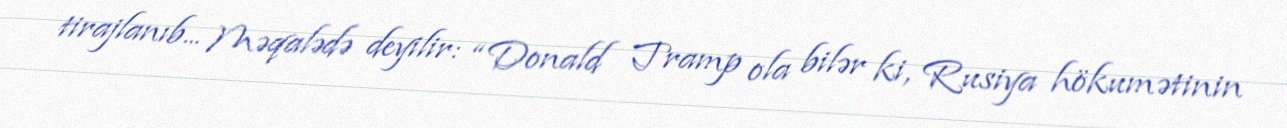
tirajlanıb... Məqalədə deyilir: “Donald Tramp ola bilər ki, Rusiya hökumətinin